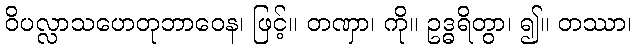
ဝိပလ္လာသဟေတုဘာဝေန၊ ဖြင့်။ တဏှာ၊ ကို။ ဥဒ္ဓရိတွာ၊ ၍။ တဿာ၊